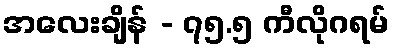
အလေးချိန် - ၇၅.၅ ကီလိုဂရမ်